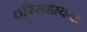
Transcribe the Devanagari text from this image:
परिसहायक